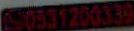
050531200339